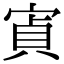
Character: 寊